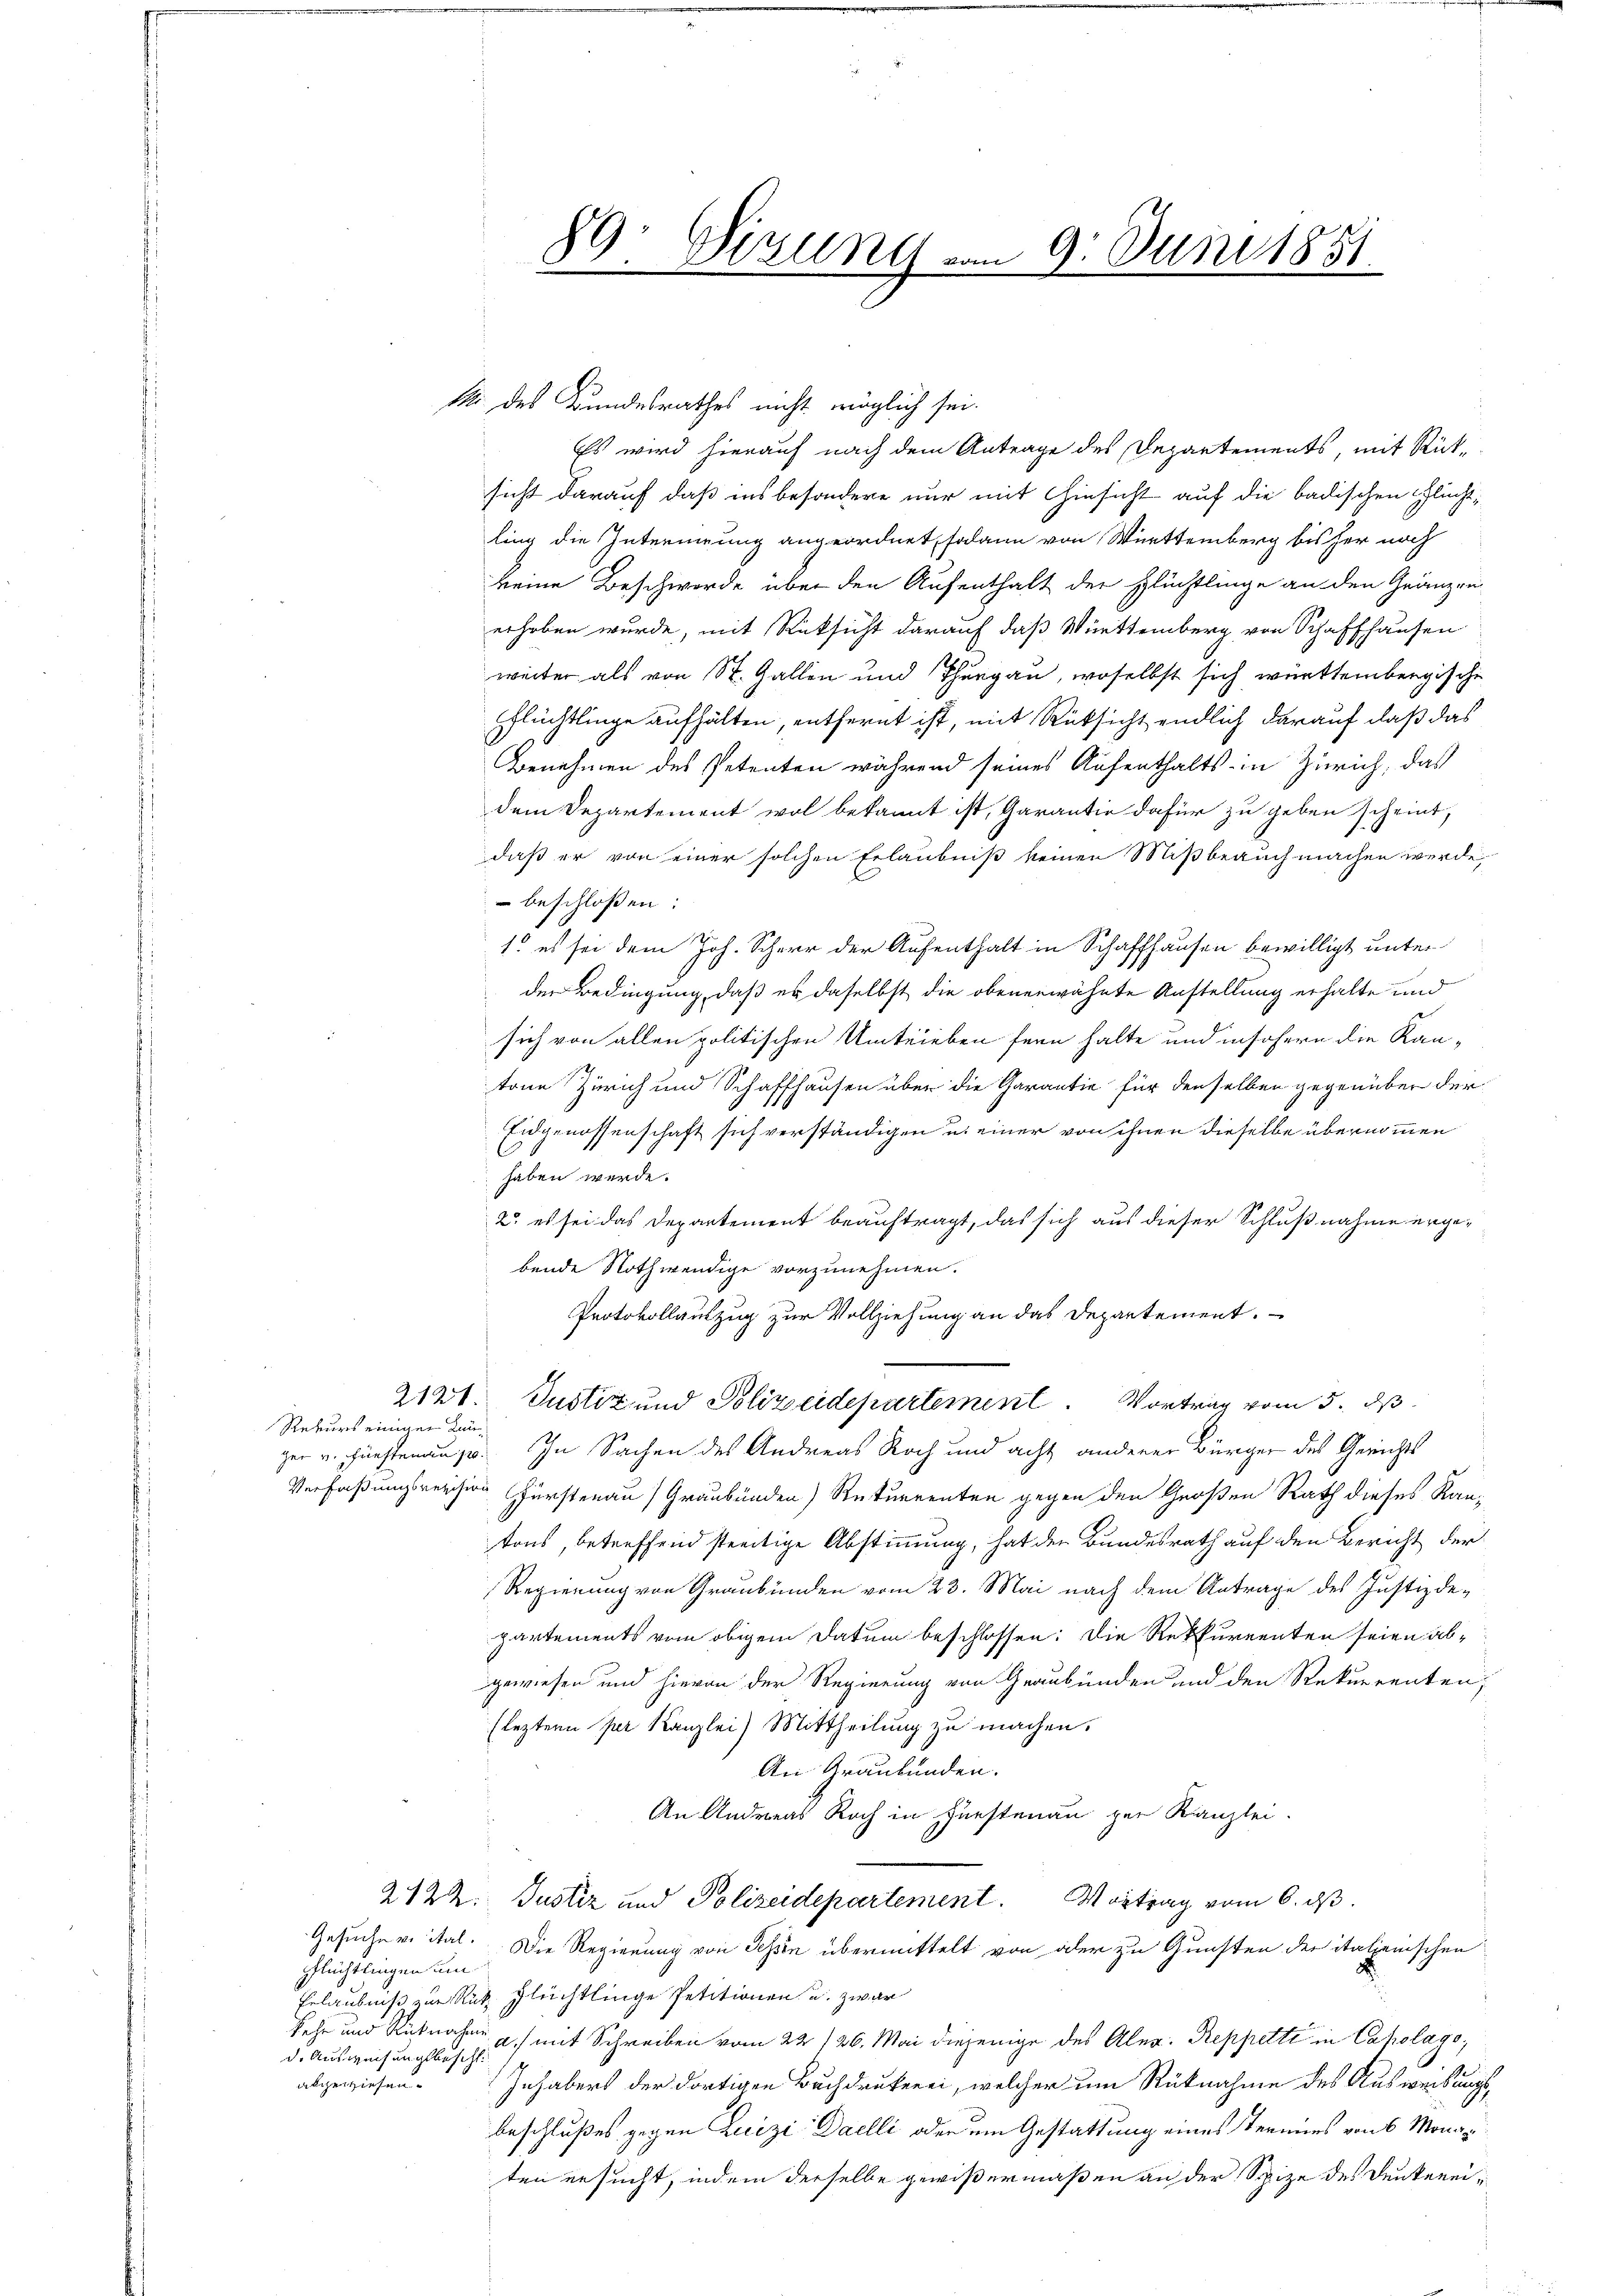
89: Sizung vom 9. Juni 1851
.

M. des Bundesrathes nicht möglich sei.
Es wird hierauf nach dem Antrage des Departements, mit Rücksicht darauf, daß ins besondere nur mit Hinsicht auf die badischen Flüchtling die Intermigung angeordnet, sodann von Württemberg bis her noch
keine Beschwerde über den Aufenthalt der Flüchtlinge an den Gränzen
erhoben wurde, mit Rücksicht darauf das Württemberg von Schaffhausen
weiter als von St. Gallen und Thurgau, woselbst sich württembergische
Pflüchtlinge aufhalten, entfernt ist, mit Rüksicht endlich darauf daß das
Benehmen des Petenten während seines Aufenthalts in Zürich, das
dem Departement wol bekannt ist, Garantie dafür zu geben scheint,
daß er von einer solchen Erlaubniß keinen Mißbrauch machen werde,
 beschlossen:
1. es sei dem Joh. Scher der Aufenthalt in Schaffhausen bewilligt unterder Bedingung, daß er daselbst die obenerwähnte Anstellung erhalte und
sich von allen politischen Umtrieben fern halte und insofern die Kantone Zürich und Schaffhausen über die Garantie für denselben gegenüber der
Eidgenossenschaft sich verständigen u. einer von ihnen dieselbe übernommen
haben werde.
2. es sei das Departement beauftragt, das sich aus dieser Schlußnahme ergebende Nothwendige vorzunehmen.
Protokollauszug zur Vollziehung an das Departement.
2121. Justiz und Polizeidepartement. Vortrag vom 5. ds
Rekurs einiger Lauzer v. Fürstenaus. In Sachen des Andreas Roch und acht anderer Bürger des Gerichts
Verfaßungsreichen Fürstenau) Graubünden Rekurrenten gegen den Großen Rath dieses Kantons, betreffend streitige Abstimmung, hat den Bundesrath auf den Bericht der
Regierung von Graubünden vom 23. Mai nach dem Antrage des Justizdepartements vom obigem Datum beschlossen: Die Rekurrenten seien abgewiesen und hievon der Regierung von Graubünden und den Rekurrenten,
(leztern per Kanzlei) Mittheilung zu machen.
An Graubünden.
An Andreas Roch in Fürstenau zur Kanzlei-
2122. Justiz und Polizeidepartement. Vortrag vom 6. ds.
Gesuche v. ital. Die Regierung von Tessin übermittelt von oder zu Gunsten der italienischen
Pflüchtlingen um
Erlaubniß zur Rük Fleichtlinge Petitionen u. zwar
Sehr und Rücknahme u. mit Schreiben vom 22/26. Mai diejenige des Aler: Reppetti in Caholago,
d. Ausweisungsbesetzt
abgewiesen.
Inhabers der dortigen Buchdrukerei, welcher um Rücknahme des Ausweisungsbeschlußes gegen Luizi Daelli oder um Gestattung eines Termins von 6 Monaten ersucht, indem derselbe gewißermaßen an der Spize des Denkerei¬